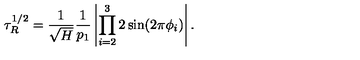
\tau _ { R } ^ { 1 / 2 } = \frac { 1 } { \sqrt { H } } \frac { 1 } { p _ { 1 } } \left| \prod _ { i = 2 } ^ { 3 } 2 \sin ( 2 \pi \phi _ { i } ) \right| .